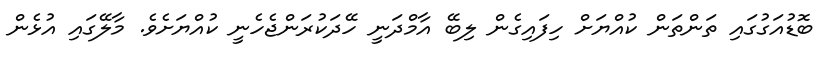
ބޮޑުއަގުގައި ތަންތަން ކުއްޔަށް ހިފައިގެން ލިބޭ އާމްދަނީ ހޭދަކުރަންޖެހެނީ ކުއްޔަށެވެ. މާލޭގައި އުޅެން